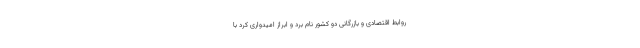
روابط اقتصادی و بازرگانی دو کشور نام برد و ابراز امیدواری کرد با